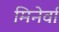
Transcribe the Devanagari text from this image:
मिनेर्वा